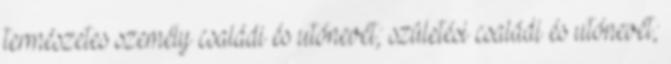
természetes személy családi és utónevét; születési családi és utónevét;